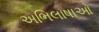
અભિલાષાઓ